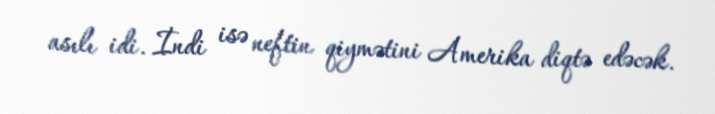
asılı idi. İndi isə neftin qiymətini Amerika diqtə edəcək.